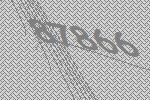
87866